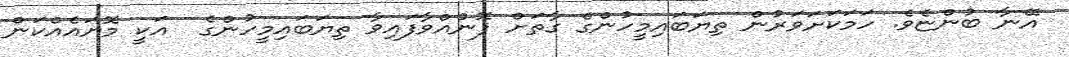
އޭނާ ބުންޏެވެ. ހަމަކަށަވަރުން ތިޔަބައިމީހުންގެ ގާތަށް ފޮނުއްވާފައިވާ ތިޔަބައިމީހުންގެ  އަކީ މޮޔައެއްކަން